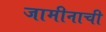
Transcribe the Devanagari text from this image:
जामीनाची